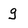
Character: g